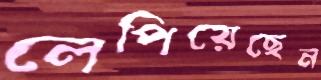
লেপিয়েছেন